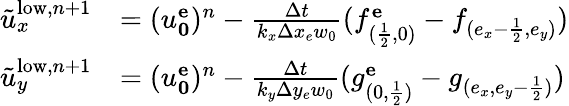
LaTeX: \begin{array}{rl}{\tilde{u}_{x}^{\mathrm{low},n+1}}&{=(u_{\mathbf{0}}^{\mathbf{e}})^{n}-\frac{\Delta t}{k_{x}\Delta x_{e}w_{0}}(f_{(\frac{1}{2},0)}^{\mathbf{e}}-f_{(e_{x}-\frac{1}{2},e_{y})})}\\ {\tilde{u}_{y}^{\mathrm{low},n+1}}&{=(u_{\mathbf{0}}^{\mathbf{e}})^{n}-\frac{\Delta t}{k_{y}\Delta y_{e}w_{0}}(g_{(0,\frac{1}{2})}^{\mathbf{e}}-g_{(e_{x},{e_{y}-\frac{1}{2}})})}\end{array}